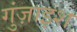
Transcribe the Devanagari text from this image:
गुंज़ाइश